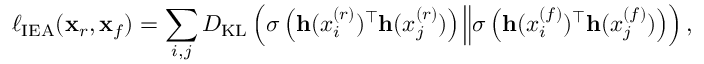
\ell _ { \mathrm { I E A } } ( \mathbf { x } _ { r } , \mathbf { x } _ { f } ) = \sum _ { i , j } D _ { \mathrm { K L } } \left( \sigma \left( \mathbf { h } ( x _ { i } ^ { ( r ) } ) ^ { \top } \mathbf { h } ( x _ { j } ^ { ( r ) } ) \right) \Big \Vert \sigma \left( \mathbf { h } ( x _ { i } ^ { ( f ) } ) ^ { \top } \mathbf { h } ( x _ { j } ^ { ( f ) } ) \right) \right) ,